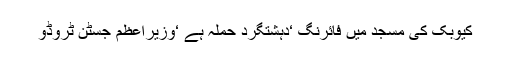
کیوبک کی مسجد میں فائرنگ ‘دہشتگرد حملہ ہے ‘وزیراعظم جسٹن ٹروڈو